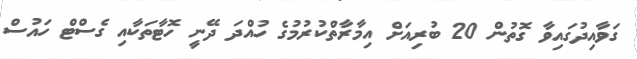
ގަވާއިދުގައިވާ ގޮތުން 20 ބުރިއަށް އިމާރާތްކުރުމުގެ ހުއްދަ ދޭނީ ހޮޓާތަކާއި ގެސްޓް ހައުސް